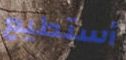
أستطيع